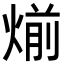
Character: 㷙